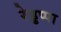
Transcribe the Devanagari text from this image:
रेड्डप्पा